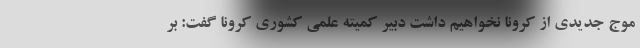
موج جدیدی از کرونا نخواهیم داشت دبیر کمیته علمی کشوری کرونا گفت: بر